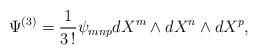
LaTeX: \begin{align*}\Psi^{(3)} = \frac {1}{3 \, !} \psi_{mnp} dX^m \wedge dX^n \wedge dX^p,\end{align*}